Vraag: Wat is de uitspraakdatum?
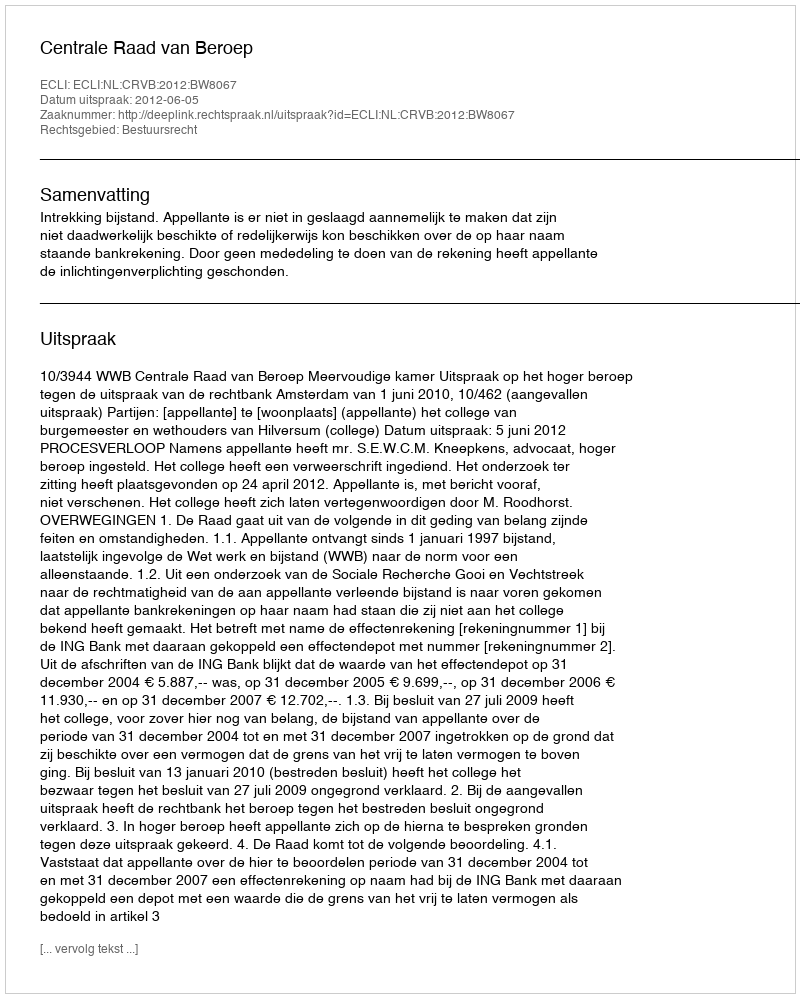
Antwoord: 2012-06-05